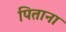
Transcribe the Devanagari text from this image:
पिताना